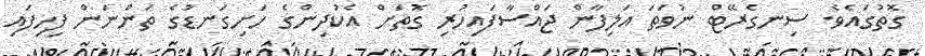
ގޮތުގައެވެ. ސިނގެރޭޓް ނުވަތަ އަލިފާން ޖައްސާފައިހުރި ގޮތަށް އެކުދިންގެ ހަށިގަނޑުގެ ތަންނަން ފިހިފައި